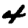
Digit: 4